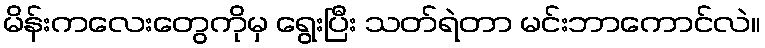
မိန်းကလေးတွေကိုမှ ရွေးပြီး သတ်ရဲတာ မင်းဘာကောင်လဲ။